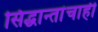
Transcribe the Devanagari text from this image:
सिद्धान्तांचाही